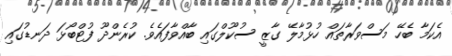
އެކަމާ ބެހޭ މަސްވަރާތައް ހުޅުމާލޭ ގާޒީ ސުކޫލްގައި ބާއްވާފައެވެ. ކުރެންދޫ ފުޓްބޯޅަ ދަނޑުގައި